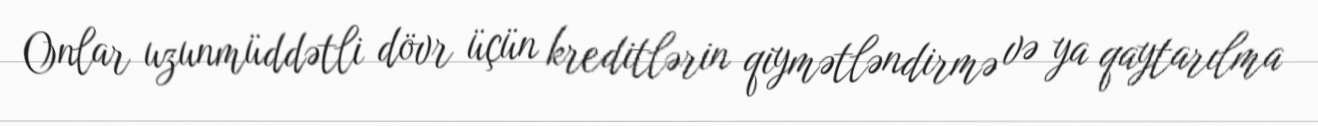
Onlar uzunmüddətli dövr üçün kreditlərin qiymətləndirmə və ya qaytarılma